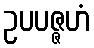
ဥပပဇ္ဇဟံ